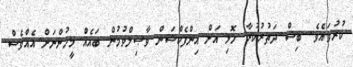
ކުރުވައެވެ. ބިސް ދަތުރުކުރާ ހޮޅި އަށް އިންފެކްޝަން ވާޞިލްވުމުން ބައެއް މީހުންނަށް އެއްވެސް